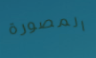
المصورة